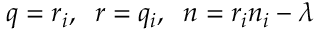
q = r _ { i } , \; \; r = q _ { i } , \; \; n = r _ { i } n _ { i } - \lambda